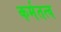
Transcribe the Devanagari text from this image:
कर्मतत्व